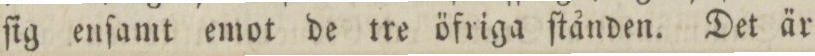
ſig enſamt emot de tre öfriga ſtånden. Det är